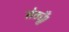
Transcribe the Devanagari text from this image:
सेठ्यूँ।